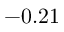
- 0 . 2 1